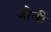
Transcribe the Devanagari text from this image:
जोर्जी